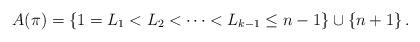
LaTeX: \begin{align*}A(\pi)=\{1=L_1<L_2< \cdots <L_{k-1}\le n-1\} \cup \{n+1\}\,.\end{align*}